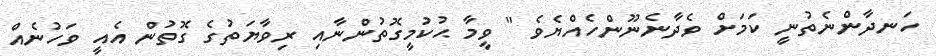
ހަނދާންނެތުނީ ކަމަށް ވެދާނެނޫންހެއްޔެވެ " ވީމާ ޙުކުމީގޮތުންނާއި ރިވާޔަތުގެ ގޮތުން އެއީ ވަހުނެއް